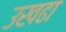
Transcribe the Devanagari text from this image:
उखढा